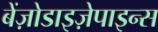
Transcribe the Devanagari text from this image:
बेंज़ोडाइज़ेपाइन्स